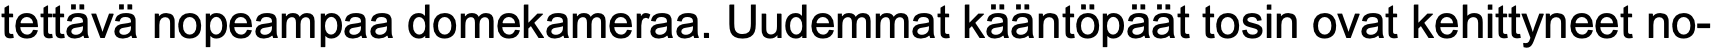
tettävä nopeampaa domekameraa. Uudemmat kääntöpäät tosin ovat kehittyneet no-